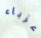
عزباء